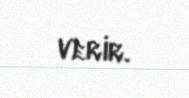
verir.